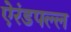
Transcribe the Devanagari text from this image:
ऐरंडपल्ल